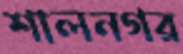
শালনগর